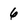
Character: 6